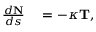
\begin{array} { r l } { { \frac { d \mathbf { N } } { d s } } } & { { } = - \kappa \mathbf { T } , } \end{array}